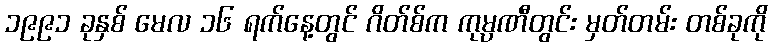
၁၉၉၁ ခုနှစ် မေလ ၁၆ ရက်နေ့တွင် ဂိတ်စ်က ကုမ္ပဏီတွင်း မှတ်တမ်း တစ်ခုကို